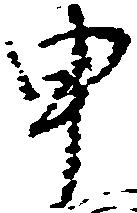
申